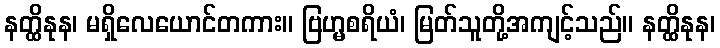
နတ္ထိနုန၊ မရှိလေယောင်တကား။ ဗြဟ္မစရိယံ၊ မြတ်သူတို့အကျင့်သည်။ နတ္ထိနုန၊